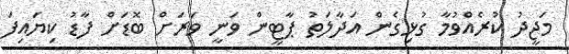
މަޖީދު ކުރެއްވުމާ ގުޅިގެން އަދާލަތު ޕާޓީން ވަނީ ވަރަށް ބޮޑަށް ފާޑު ކިޔައިފަ